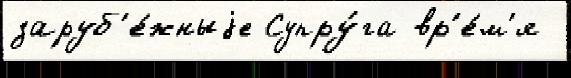
заруб'е́жныjе Супру́га вр'е́м'я